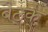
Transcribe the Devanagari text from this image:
बैठ्क्